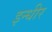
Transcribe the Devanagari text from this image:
इन्धीर